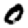
Digit: 0